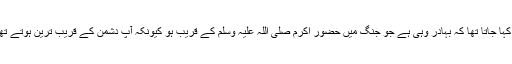
اور کہا جاتا تھا کہ بہادر وہی ہے جو جنگ میں حضور اکرم صلی اللہ علیہ وسلم کے قریب ہو کیونکہ آپ دشمن کے قریب ترین ہوتے تھے ۔